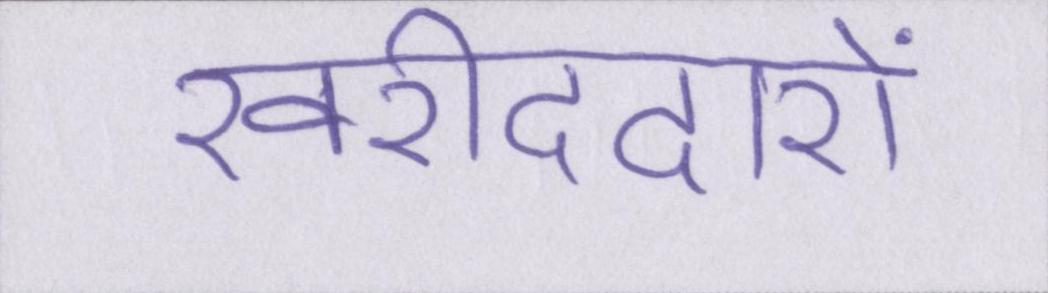
खरीददारों